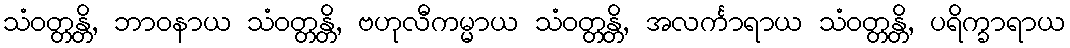
သံဝတ္တန္တိ, ဘာဝနာယ သံဝတ္တန္တိ, ဗဟုလီကမ္မာယ သံဝတ္တန္တိ, အလင်္ကာရာယ သံဝတ္တန္တိ, ပရိက္ခာရာယ